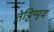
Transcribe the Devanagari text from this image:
तेट्टिप्पूव